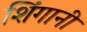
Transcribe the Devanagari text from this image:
शिंगानी